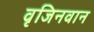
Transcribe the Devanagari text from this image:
वृजिनवान